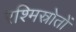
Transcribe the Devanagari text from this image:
रश्मिस्रोतों